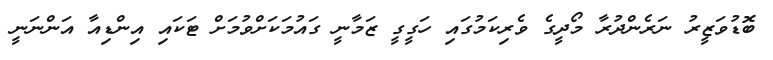
ބޮޑުވަޒީރު ނަރެންދުރާ މޯދީގެ ވެރިކަމުގައި ހަގީގީ ޒަމާނީ ގައުމަކަށްވުމަށް ޓަކައި އިންޑިއާ އަންނަނީ